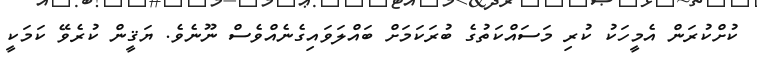
ކުށްކުރަން އެމީހަކު ކުރި މަސައްކަތުގެ ބުރަކަމަށް ބައްލަވައިގެނެއްވެސް ނޫނެވެ. ޔަޤީން ކުރެވޭ ކަމަކީ